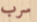
سرب